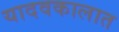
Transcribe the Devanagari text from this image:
यादवकालात